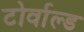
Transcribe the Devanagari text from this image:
टोर्वाल्ड